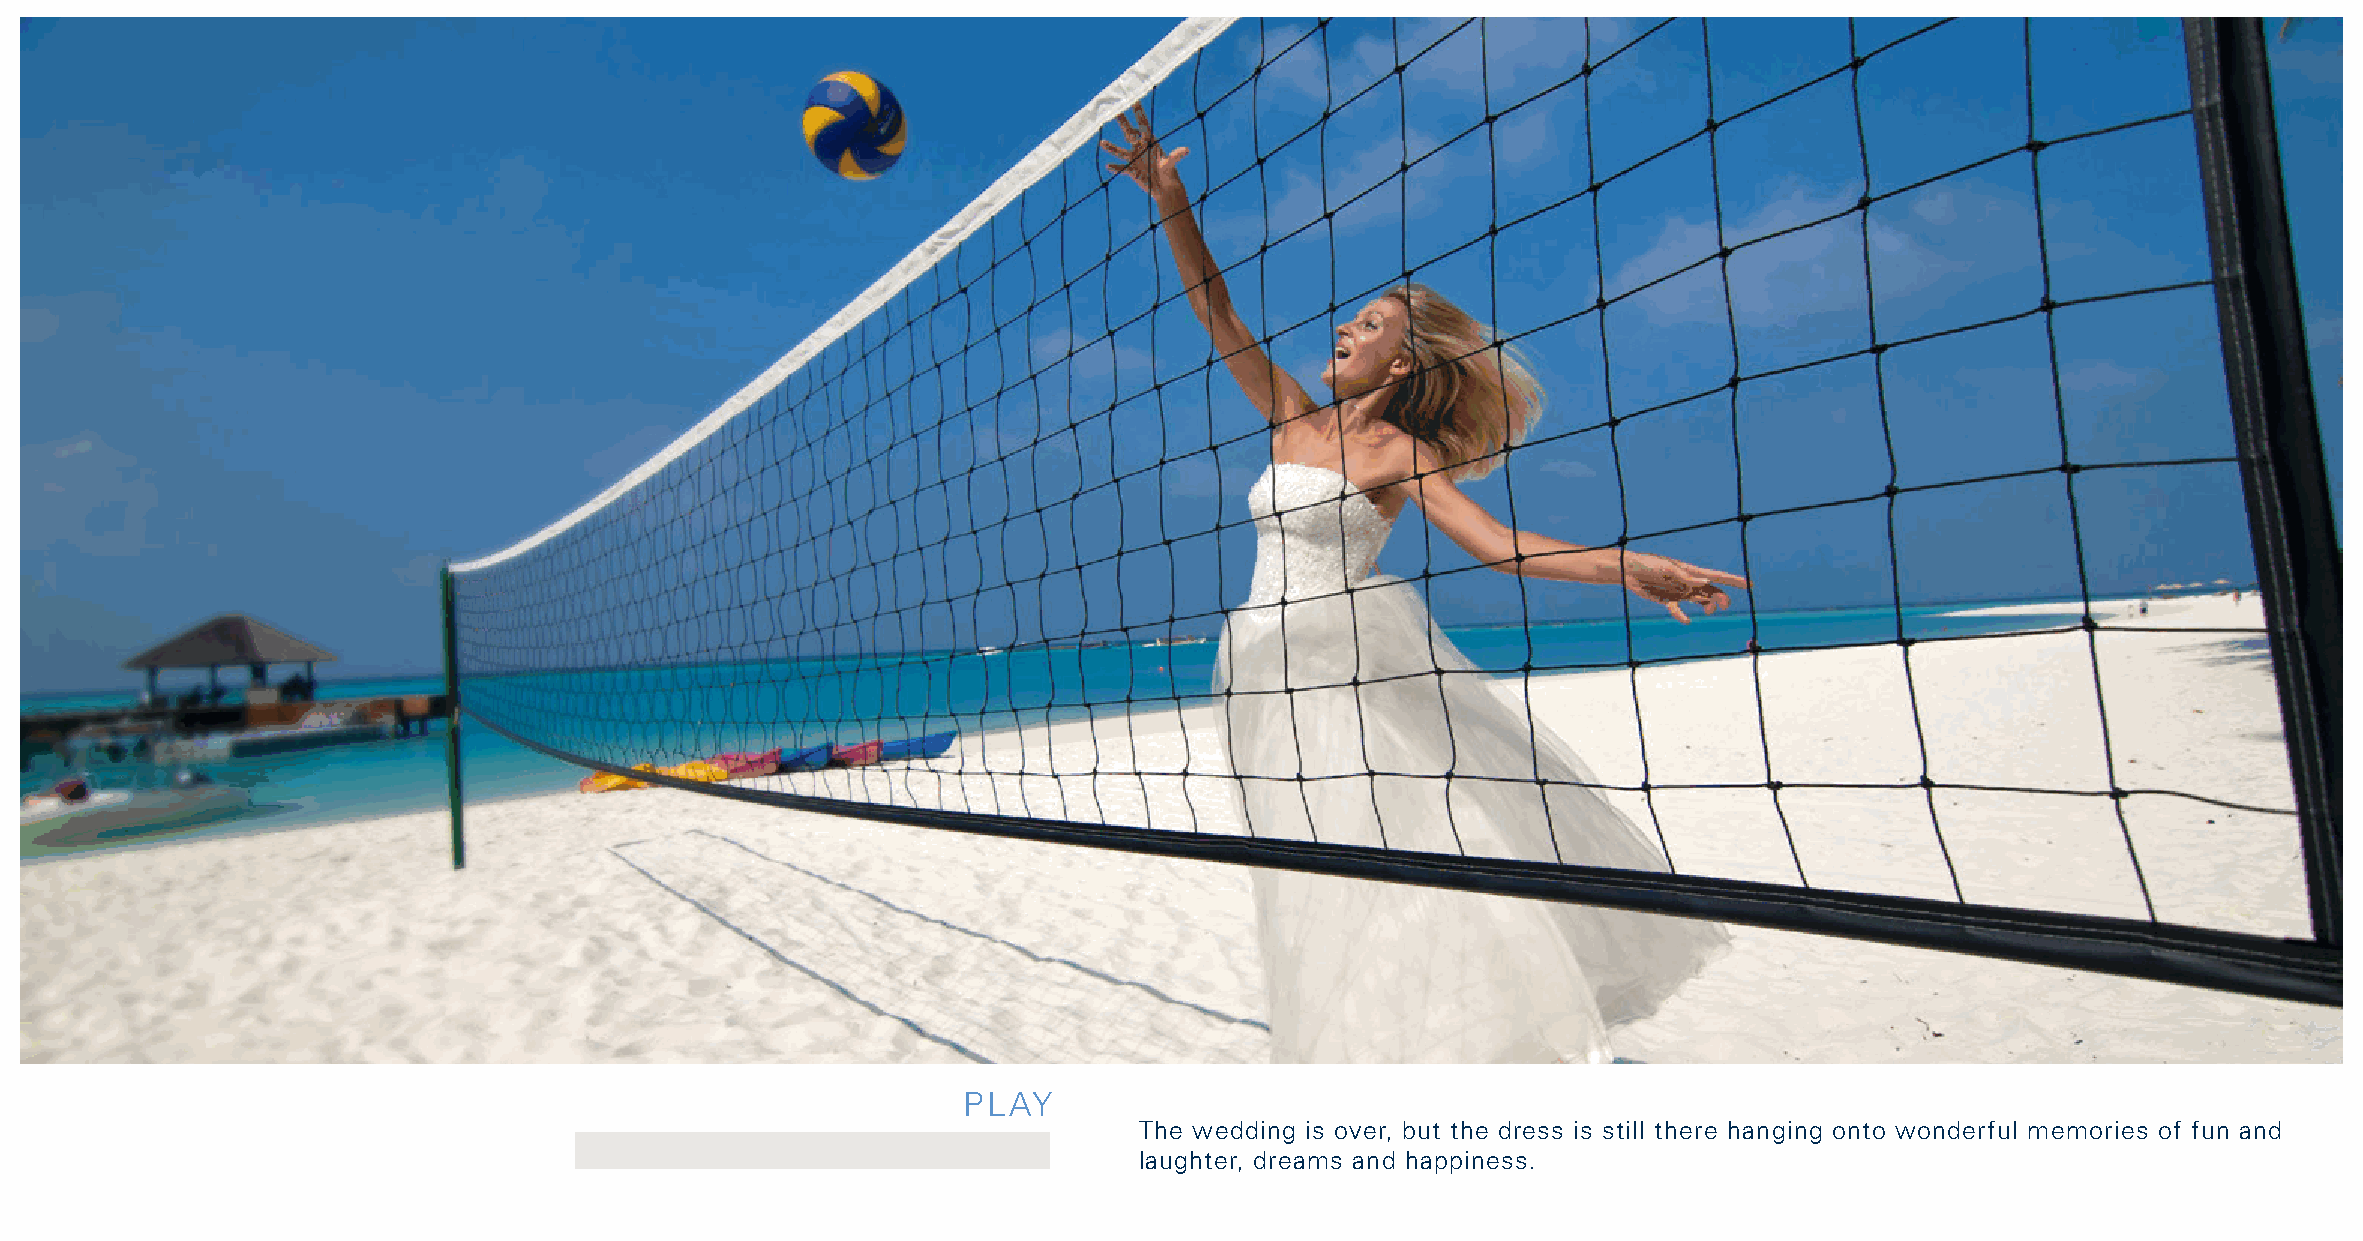
PLAY
 The wedding is over, but the dress is still there hanging onto wonderful memories of fun and
 laughter, dreams and happiness.